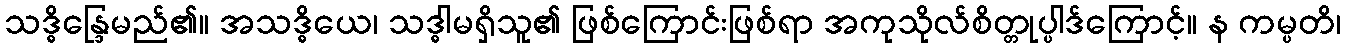
သဒ္ဓိန္ဒြေမည်၏။ အသဒ္ဓိယေ၊ သဒ္ဓါမရှိသူ၏ ဖြစ်ကြောင်းဖြစ်ရာ အကုသိုလ်စိတ္တုပ္ပါဒ်ကြောင့်။ န ကမ္ပတိ၊